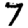
Digit: 7